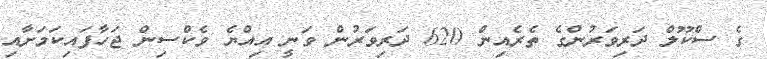
ގެ ސްކޫލް ދަރިވަރުންގެ ތެރެއިން 620 ދަރިވަރުން ވަނީ އިއްޔެ ވެކްސިން ޖަހާފައިކަމަށާއި